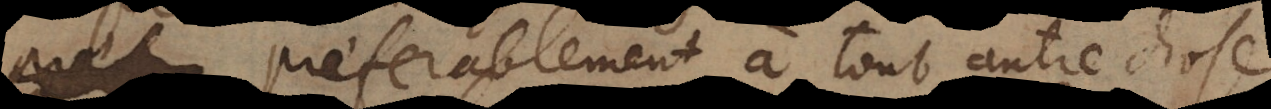
préferablement à tout autre chose.